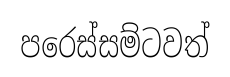
පරෙස්සම්ටවත්